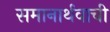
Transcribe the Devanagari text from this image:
समानार्थवाची